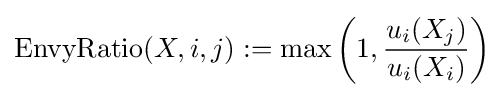
{\text{EnvyRatio}}(X,i,j):=\max \left(1,{u_{i}(X_{j}) \over u_{i}(X_{i})}\right)